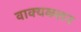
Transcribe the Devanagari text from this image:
वाक्यकलन